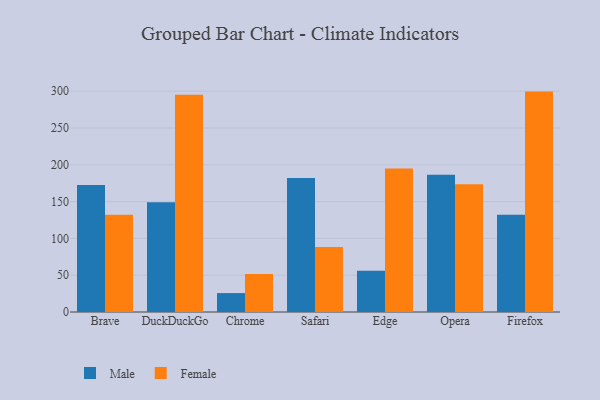
{"axis": {"x": "Browser", "y": "Revenue (USD Million)"}, "legend": ["Female", "Male"], "data": [{"x": "Brave", "y": 172.6, "type": "Male"}, {"x": "Brave", "y": 132.1, "type": "Female"}, {"x": "DuckDuckGo", "y": 149.0, "type": "Male"}, {"x": "DuckDuckGo", "y": 295.2, "type": "Female"}, {"x": "Chrome", "y": 25.7, "type": "Male"}, {"x": "Chrome", "y": 51.7, "type": "Female"}, {"x": "Safari", "y": 182.1, "type": "Male"}, {"x": "Safari", "y": 88.3, "type": "Female"}, {"x": "Edge", "y": 55.9, "type": "Male"}, {"x": "Edge", "y": 195.1, "type": "Female"}, {"x": "Opera", "y": 186.4, "type": "Male"}, {"x": "Opera", "y": 173.6, "type": "Female"}, {"x": "Firefox", "y": 132.2, "type": "Male"}, {"x": "Firefox", "y": 299.5, "type": "Female"}]}